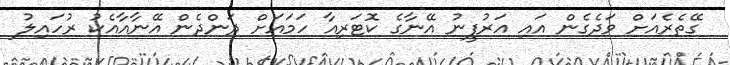
ގޭތެރެއަށް ވަދެގެން އައި އަރުފީނު އޭނާގެ ކޮޓަރިއާ ހަމައަށް ދަންދެން އޭނާއާއެކު ރުހައިލު